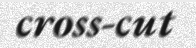
cross-cut